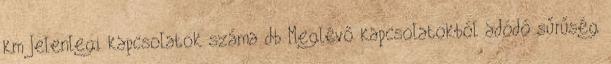
km Jelenlegi kapcsolatok száma db Meglévő kapcsolatokból adódó sűrűség